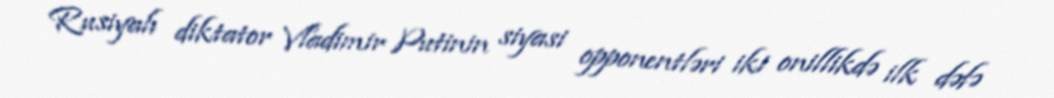
Rusiyalı diktator Vladimir Putinin siyasi opponentləri iki onillikdə ilk dəfə